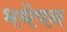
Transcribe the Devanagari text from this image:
भधेपन